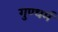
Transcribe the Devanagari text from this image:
गुण्धर्म